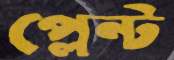
প্লেন্ট